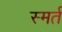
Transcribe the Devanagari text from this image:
स्मर्त